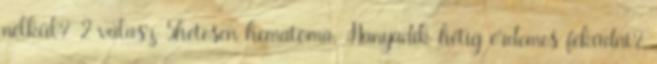
nélkül? 2 válasz 5hetesen hematoma. Hanyadik hétig érdemes feküdni?